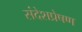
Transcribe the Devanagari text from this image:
संदेशप्रेषण